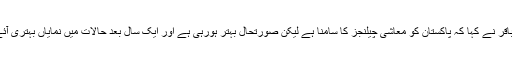
رضا باقر نے کہا کہ پاکستان کو معاشی چیلنجز کا سامنا ہے لیکن صورتحال بہتر ہورہی ہے اور ایک سال بعد حالات میں نمایاں بہتری آئے گی۔